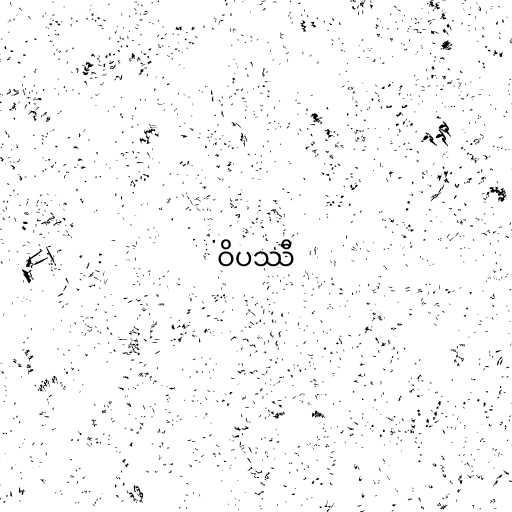
ဝိပဿီ